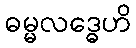
ဓမ္မလဒ္ဓေဟိ